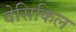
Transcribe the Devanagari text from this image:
वेसिकिल